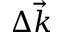
\Delta \vec { k }